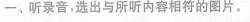
-、听录音，选出与所听内容相符的图片。